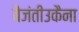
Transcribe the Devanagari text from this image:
बैजंतीउकैना